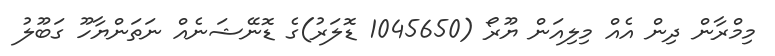
މިމްރާން ދިން އެއް މިލިއަން ޔޫރޯ (1045650 ޑޮލަރު)ގެ ޑޮނޭޝަނެއް ނަތަންޔާހޫ ގަބޫލު